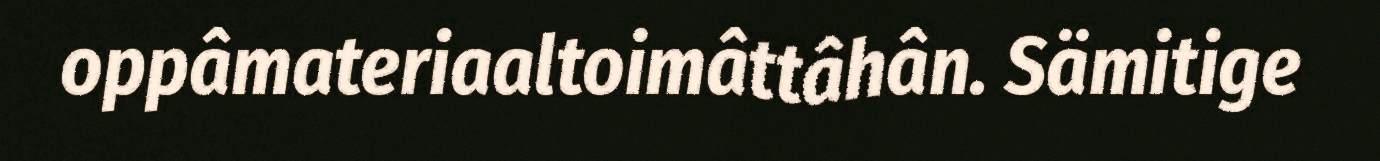
oppâmateriaaltoimâttâhân. Sämitige